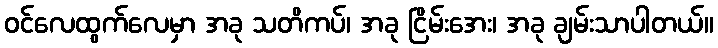
ဝင်လေထွက်လေမှာ အခု သတိကပ်၊ အခု ငြိမ်းအေး၊ အခု ချမ်းသာပါတယ်။